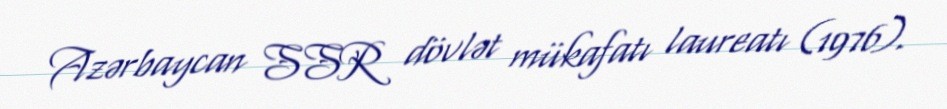
Azərbaycan SSR dövlət mükafatı laureatı (1976).